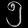
Digit: ၅